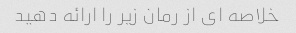
خلاصه ای از رمان زیر را ارائه دهید